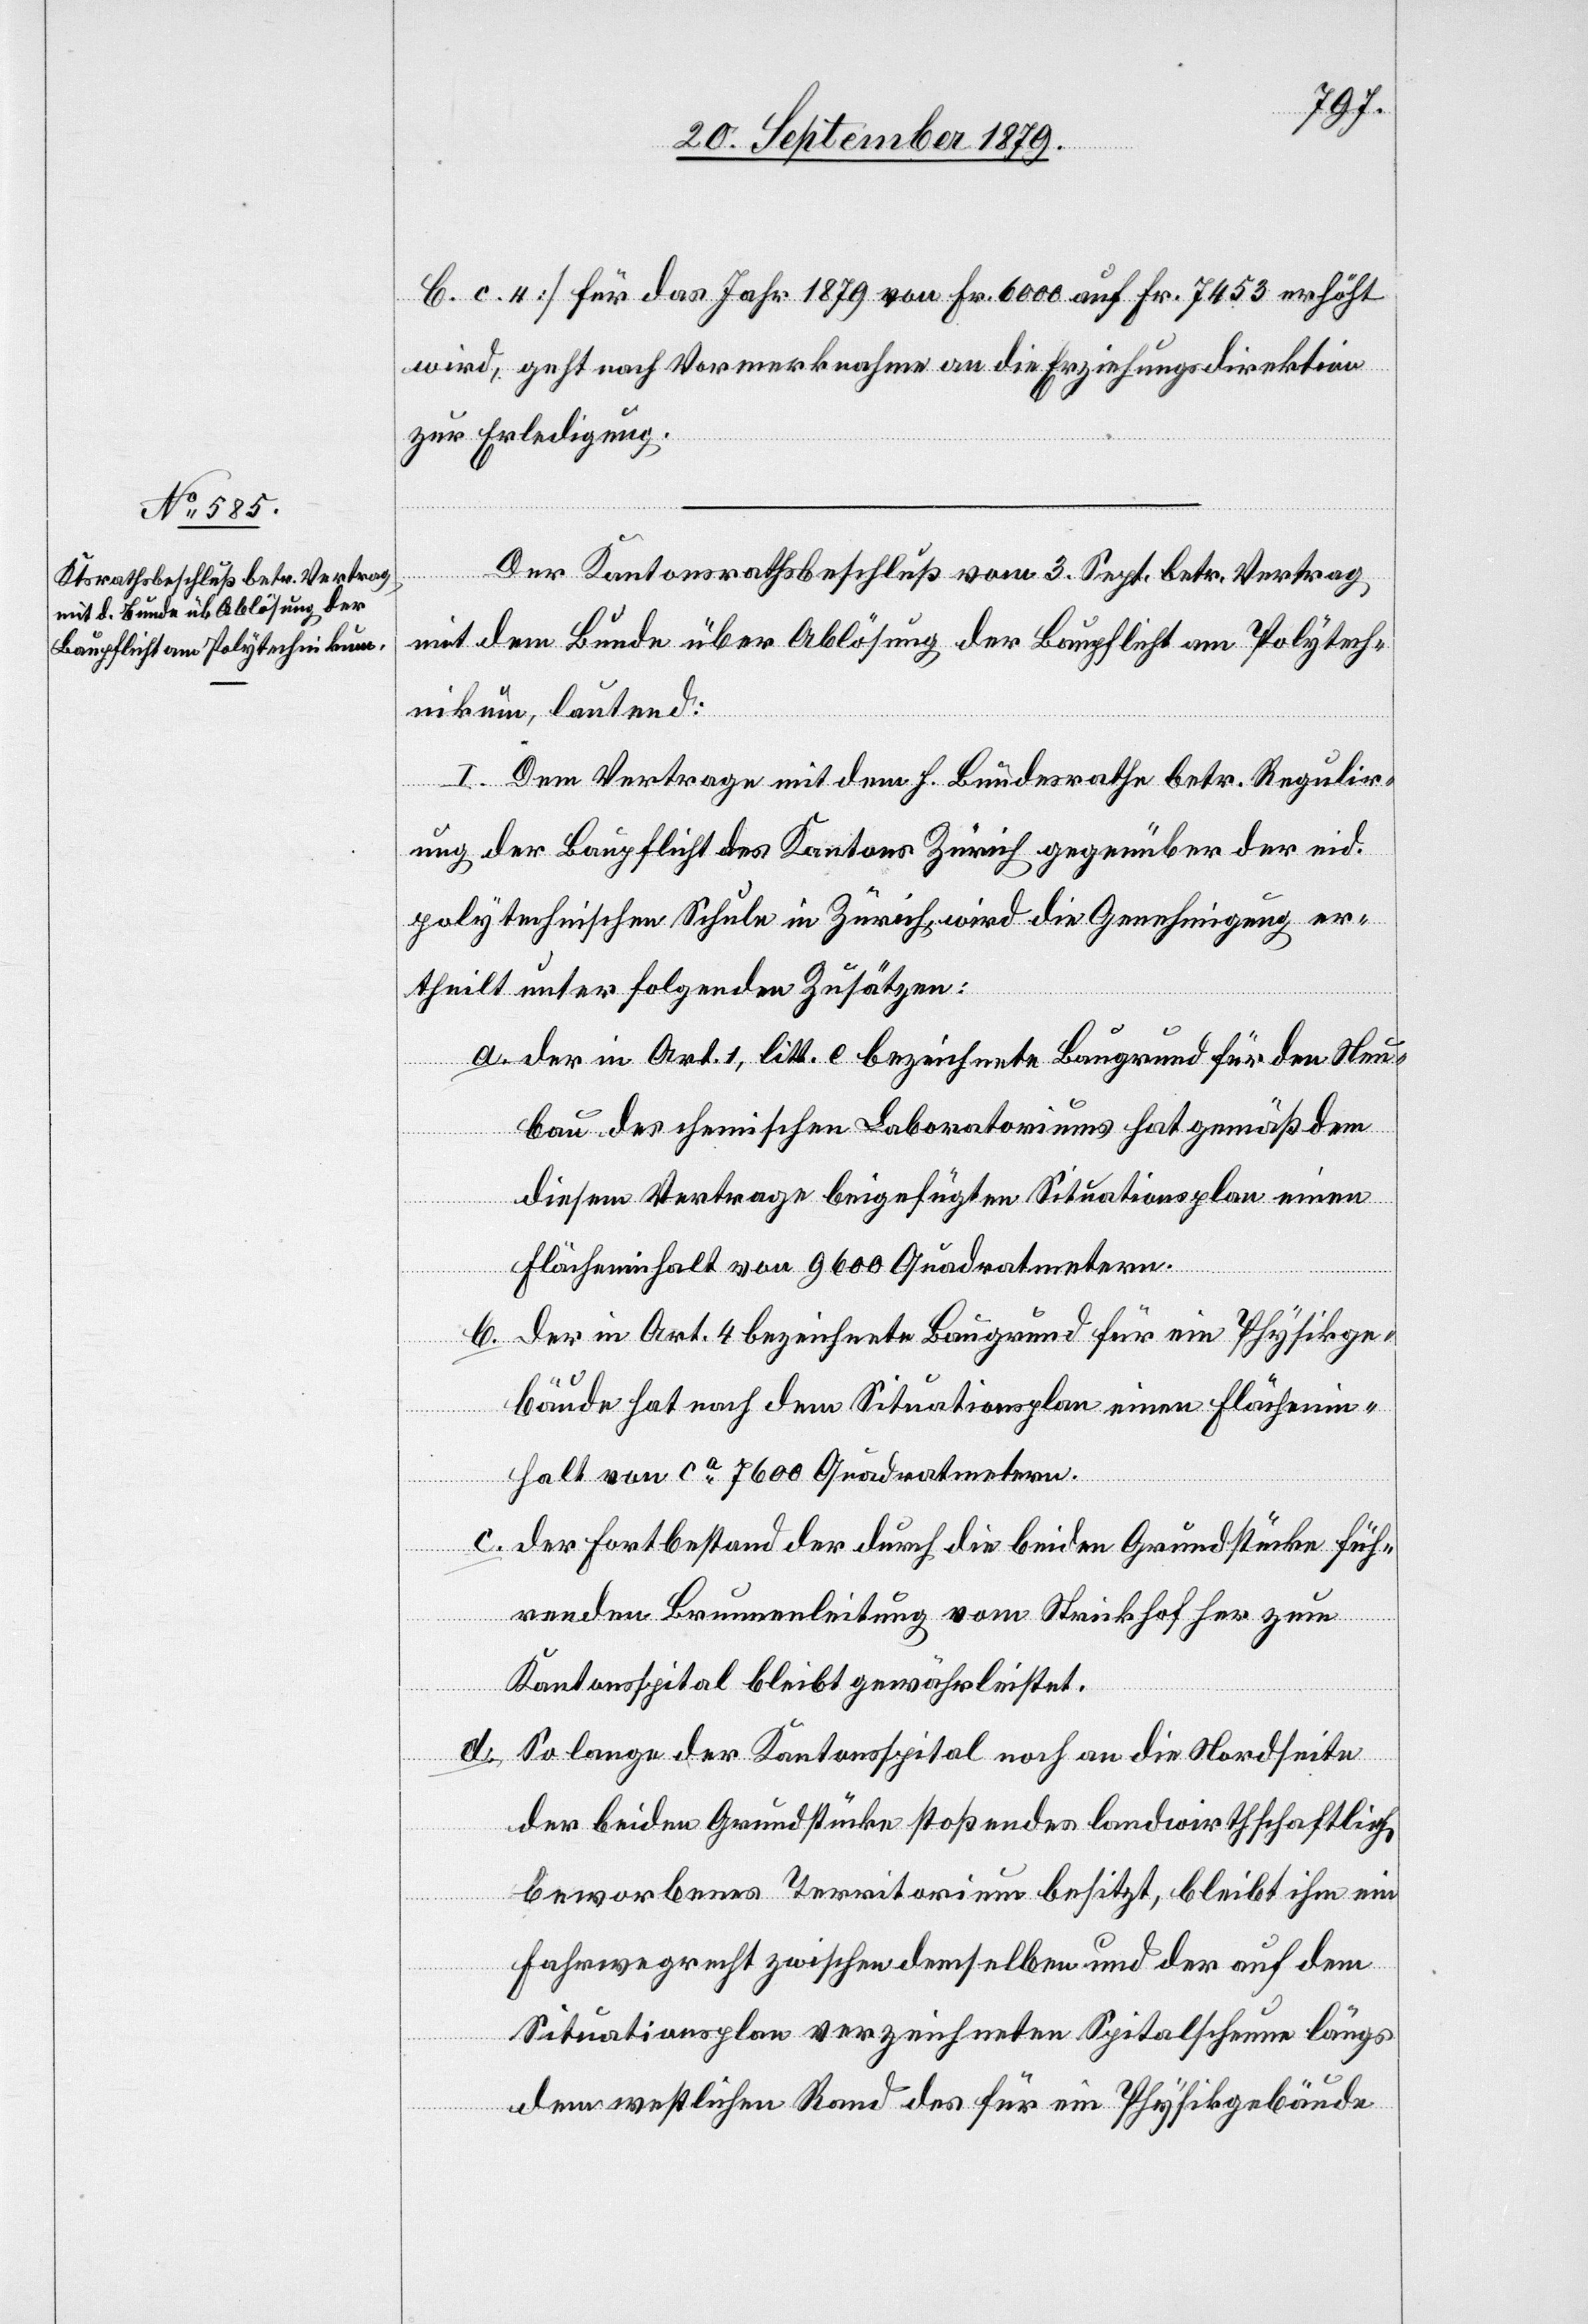
b. c. 4] für das Jahr 1879 von Fr. 6000 auf Fr. 7453 erhöht
wird, geht nach Vormerknahme an die Erziehungsdirektion
zur Erledigung.
Der Kantonsrathsbeschluß vom 3. Sept. betr. Vertrag
mit dem Bunde über Ablösung der Baupflicht am Polytech¬
nikum, lautend:
I. Dem Vertrage mit dem h. Bundesrathe betr. Regulir¬
ung der Baupflicht des Kantons Zürich gegenüber der eid.
polytechnischen Schule in Zürich wird die Genehmigung er¬
theilt unter folgenden Zusätzen:
a. Der in Art. 1, litt. e bezeichnete Baugrund für den Neu¬
bau des chemischen Laboratoriums hat gemäß dem
diesem Vertrage beigefügten Situationsplan einen
Flächeninhalt von 9600 Quadratmetern.
b. Der in Art. 4 bezeichnete Baugrund für ein Physikge¬
bäude hat nach dem Situationsplan einen Flächenin¬
halt von ca 7600 Quadratmeter.
c. Der Fortbestand der durch die beiden Grundstücke füh¬
renden Brunnenleitung vom Strickhof her zum
Kantonsspital bleibt gewährleistet.
d.
So lange der Kantonsspital noch an die Nordseite
der beiden Grundstücke stoßendes landwirthschaftlich
beworbenes Territorium besitzt, bleibt ihm ein
Fahrwegrecht zwischen demselben und der auf dem
Situationsplan verzeichneten Spitalscheune längs
dem westlichen Rand des für ein Physikgebäude